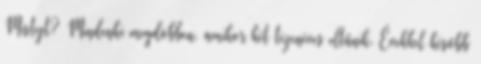
Mistyt? Mindenki megdöbben, amikor két tizenéves eltűnik. Évekkel később